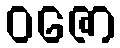
ဝဇော